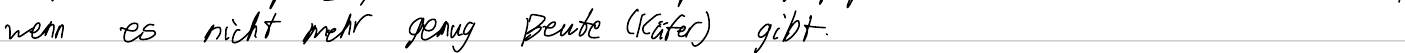
wenn es nicht mehr genug Beute (Käfer) gibt.